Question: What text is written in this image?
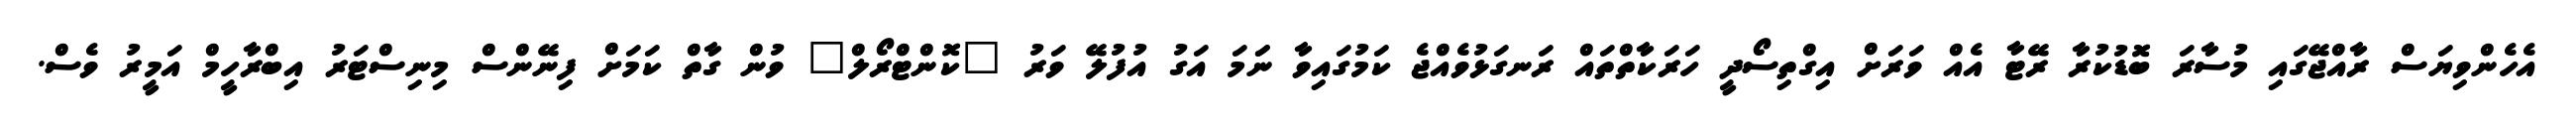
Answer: އެހެންވިޔަސް ރާއްޖޭގައި މުސާރަ ބޮޑުކުރާ ރޭޓާ އެއް ވަރަށް އިގްތިސޯދީ ހަރަކާތްތައް ރަނގަޅުވެއްޖެ ކަމުގައިވާ ނަަމަ އަގު އުފުލޭ ވަރު "ކޮންޓްރޯލް" ވުން ގާތް ކަމަށް ފިނޭންސް މިނިސްޓަރު އިބްރާހީމް އަމީރު ވެސް.